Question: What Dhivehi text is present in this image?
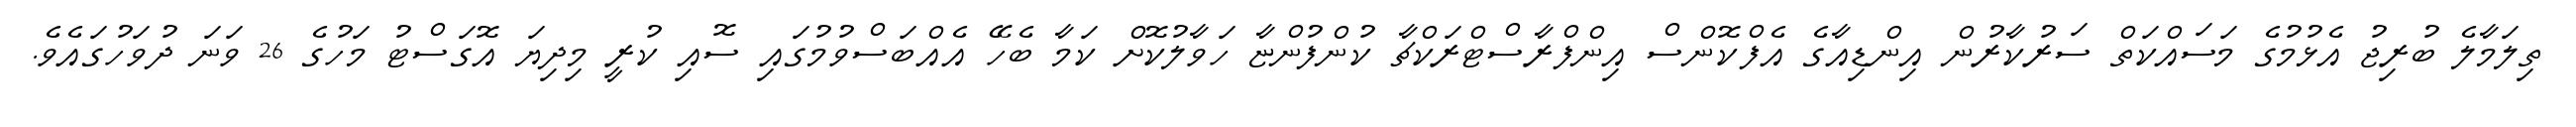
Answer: ތިލަމާލެ ބުރިޖު އެޅުމުގެ މަސައްކަތް ސަރުކާރުން އިންޑިއާގެ އެފްކޮންސް އިންފްރާސްޓްރަކްޗާ ކުންފުންޏާ ހަވާލުކޮށް ކަމާ ބެހޭ އެއްބަސްވުމުގައި ސޮއި ކުރީ މިދިޔަ އޮގަސްޓު މަހުގެ 26 ވަނަ ދުވަހުގައެވެ.